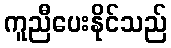
ကူညီပေးနိုင်သည်